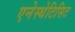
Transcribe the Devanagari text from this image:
एनेस्थेटिसिट